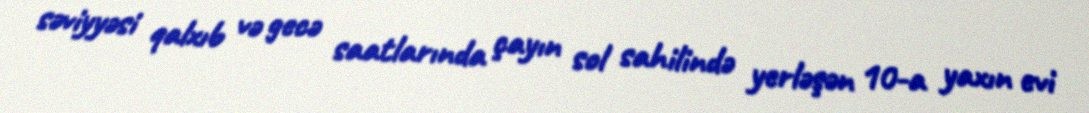
səviyyəsi qalxıb və gecə saatlarında çayın sol sahilində yerləşən 10-a yaxın evi